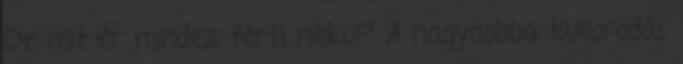
De mit ér mindez férfi nélkül? A nagydobba kucorodás